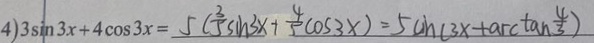
4 ) 3 \sin 3 x + 4 \cos 3 x = 5 ( \frac { 3 } { 5 } \sin 3 x + \frac { 4 } { 5 } \cos 3 x ) = 5 \sin ( 3 x + \arctan \frac { 4 } { 3 } )